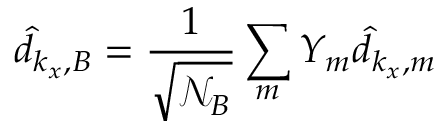
\hat { d } _ { k _ { x } , B } = { \frac { 1 } { \sqrt { \mathcal { N } _ { B } } } } \sum _ { m } Y _ { m } \hat { d } _ { k _ { x } , m }